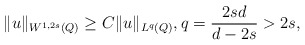
\begin{align*} \|u\|_{W^{1,2s}(Q)} \ge C\|u\|_{L^q(Q)},q = \frac{2sd}{d-2s} > 2s,\end{align*}